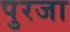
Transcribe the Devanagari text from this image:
पुरजा